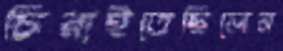
চিরাইতেছিলেন